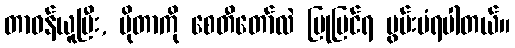
တာဝန်ယူပြီး, ပိုတာကို စေတီတော်လဲ ပြုပြင်ရ မွမ်းမံရပါတယ်။